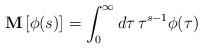
LaTeX: \begin{align*}\mathbf{M} \,[ \phi(s)] = \int_0^{\infty} d \tau \,\tau^{s-1} \phi (\tau)\end{align*}